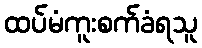
ထပ်မံကူးစက်ခံရသူ